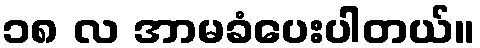
၁၈ လ အာမခံပေးပါတယ်။